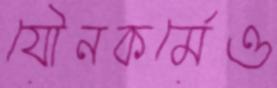
যৌনকর্মেও